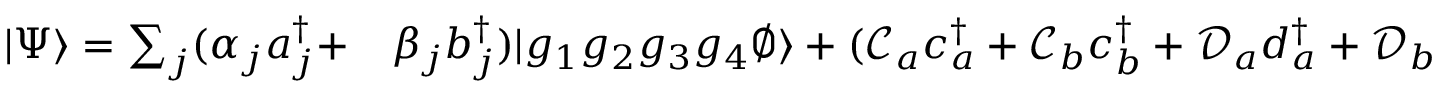
\begin{array} { r l } { | \Psi \rangle = \sum _ { j } ( \alpha _ { j } a _ { j } ^ { \dag } + } & { { } \beta _ { j } b _ { j } ^ { \dag } ) | g _ { 1 } g _ { 2 } g _ { 3 } g _ { 4 } \emptyset \rangle + ( \mathcal { C } _ { a } c _ { a } ^ { \dag } + \mathcal { C } _ { b } c _ { b } ^ { \dag } + \mathcal { D } _ { a } d _ { a } ^ { \dag } + \mathcal { D } _ { b } d _ { b } ^ { \dag } ) | g _ { 1 } g _ { 2 } g _ { 3 } g _ { 4 } \emptyset \rangle } \end{array}